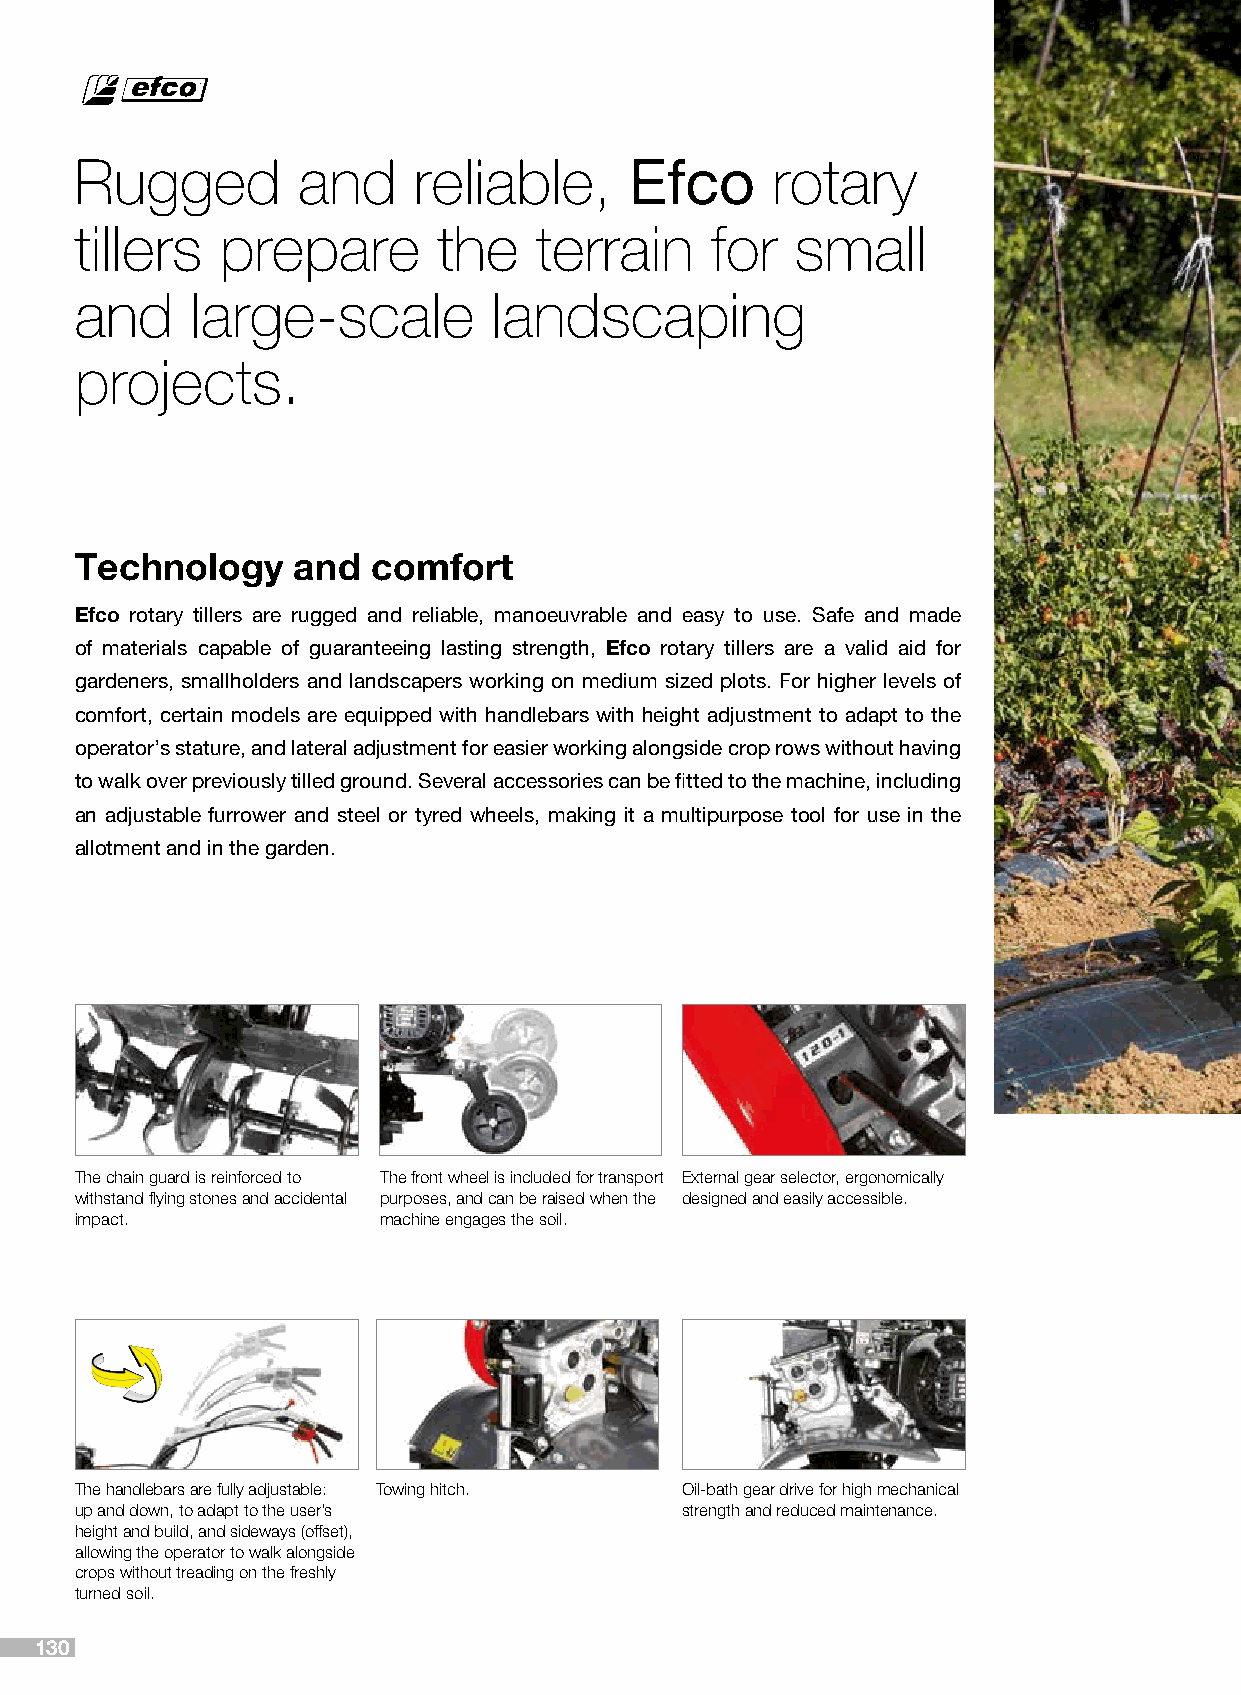
Rugged         and    reliable,      Efco     rotary
 tillers   prepare       the   terrain     for   small
 and     large-scale         landscaping
 projects.
 Technology    and   comfort
 Efco rotary tillers are rugged and reliable, manoeuvrable and easy to use. Safe and made
 of materials capable of guaranteeing lasting strength, Efco rotary tillers are a valid aid for
 gardeners, smallholders and landscapers working on medium sized plots. For higher levels of
 comfort, certain models are equipped with handlebars with height adjustment to adapt to the
 operator’s stature, and lateral adjustment for easier working alongside crop rows without having
 to walk over previously tilled ground. Several accessories can be fitted to the machine, including
 an adjustable furrower and steel or tyred wheels, making it a multipurpose tool for use in the
 allotment and in the garden.
 The chain guard is reinforced to The front wheel is included for transport External gear selector, ergonomically
 withstand flying stones and accidental purposes, and can be raised when the designed and easily accessible.
 impact.             machine engages the soil.
 The handlebars are fully adjustable: Towing hitch. Oil-bath gear drive for high mechanical
 up and down, to adapt to the user’s     strength and reduced maintenance.
 height and build, and sideways (offset),
 allowing the operator to walk alongside
 crops without treading on the freshly
 turned soil.
 130